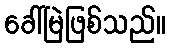
ခေါ်မြဲဖြစ်သည်။